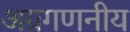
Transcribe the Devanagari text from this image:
अग्रगणनीय